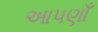
આપણાઁ